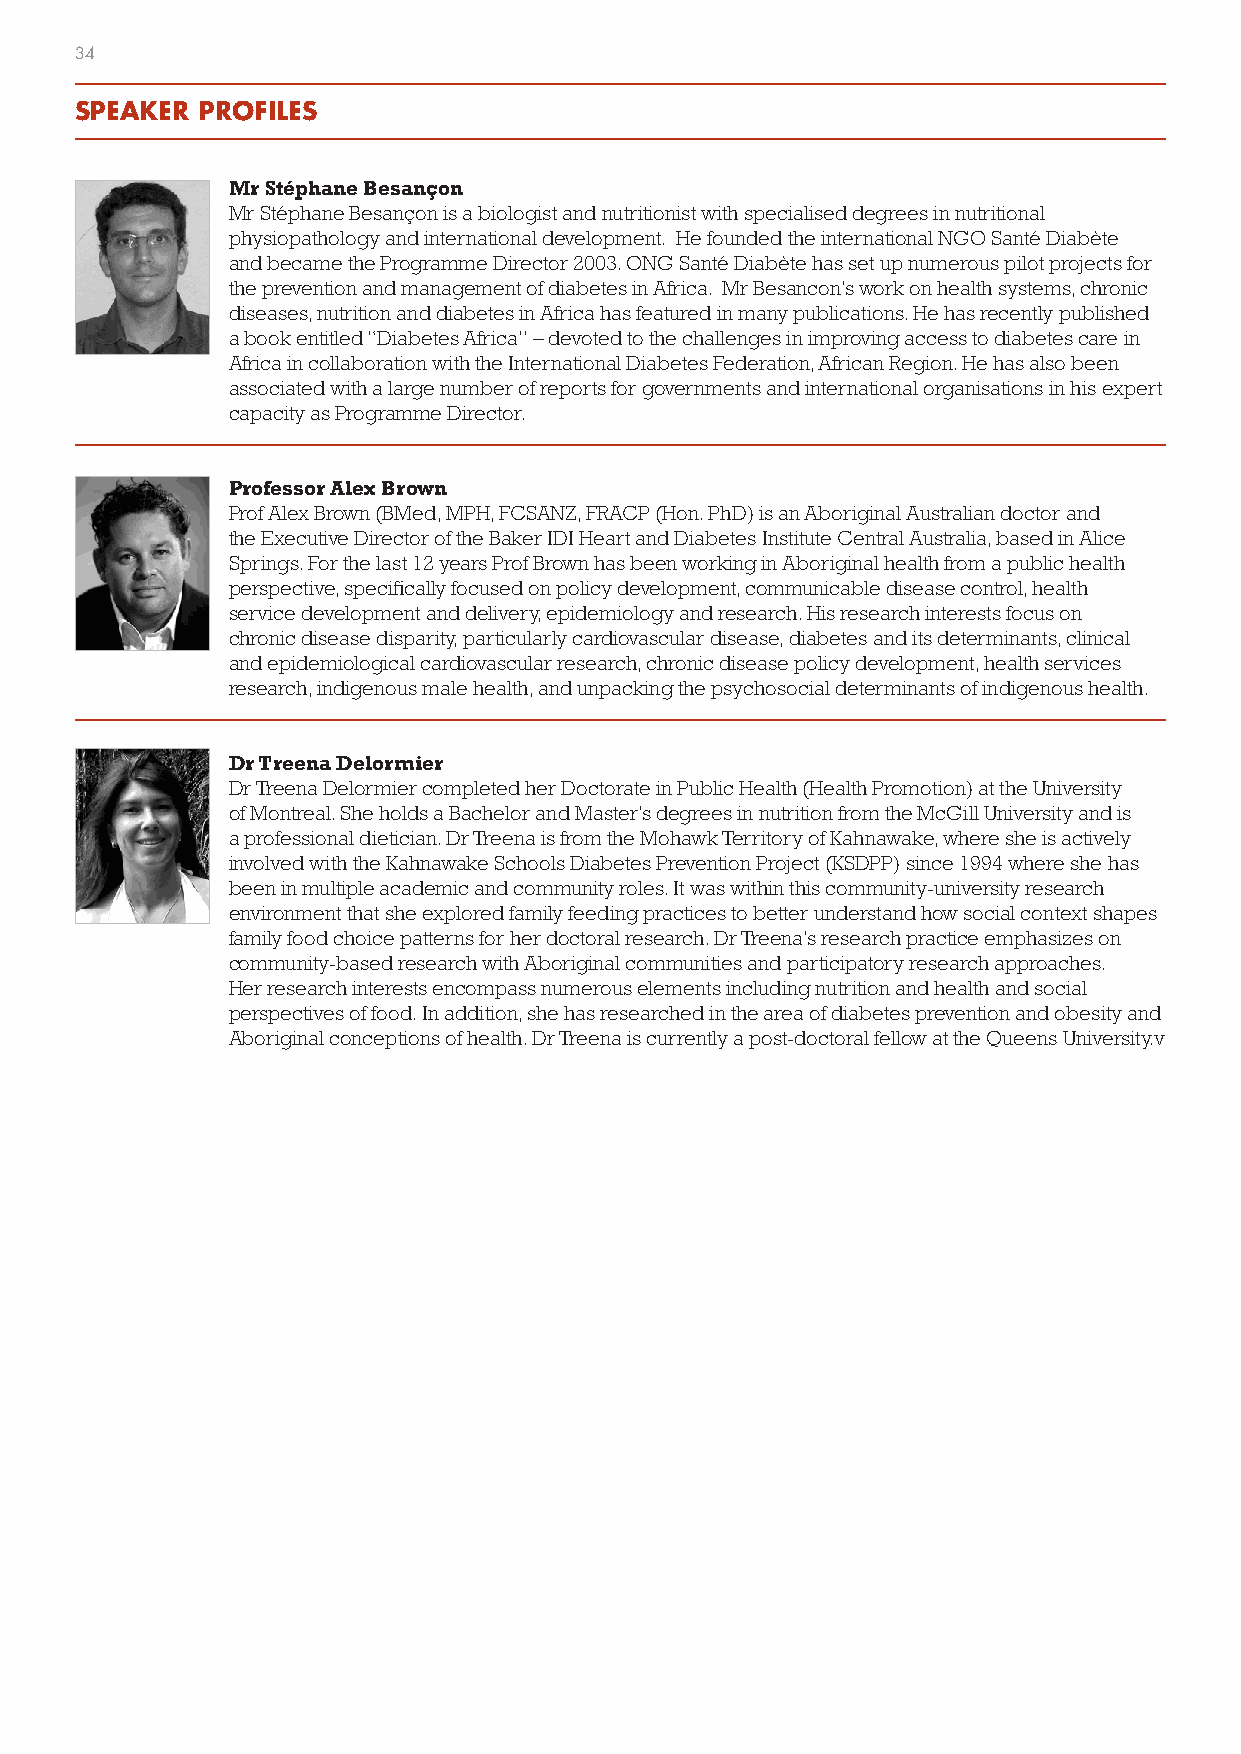
34
 SPEAKER PROFILES
 Mr Stéphane Besançon
 Mr Stéphane Besançon is a biologist and nutritionist with specialised degrees in nutritional
 physiopathology and international development. He founded the international NGO Santé Diabète
 and became the Programme Director 2003. ONG Santé Diabète has set up numerous pilot projects for
 the prevention and management of diabetes in Africa. Mr Besancon’s work on health systems, chronic
 diseases, nutrition and diabetes in Africa has featured in many publications. He has recently published
 a book entitled “Diabetes Africa” – devoted to the challenges in improving access to diabetes care in
 Africa in collaboration with the International Diabetes Federation, African Region. He has also been
 associated with a large number of reports for governments and international organisations in his expert
 capacity as Programme Director.
 Professor Alex Brown
 Prof Alex Brown (BMed, MPH, FCSANZ, FRACP (Hon. PhD) is an Aboriginal Australian doctor and
 the Executive Director of the Baker IDI Heart and Diabetes Institute Central Australia, based in Alice
 Springs. For the last 12 years Prof Brown has been working in Aboriginal health from a public health
 perspective, specifically focused on policy development, communicable disease control, health
 service development and delivery, epidemiology and research. His research interests focus on
 chronic disease disparity, particularly cardiovascular disease, diabetes and its determinants, clinical
 and epidemiological cardiovascular research, chronic disease policy development, health services
 research, indigenous male health, and unpacking the psychosocial determinants of indigenous health.
 Dr Treena Delormier
 Dr Treena Delormier completed her Doctorate in Public Health (Health Promotion) at the University
 of Montreal. She holds a Bachelor and Master’s degrees in nutrition from the McGill University and is
 a professional dietician. Dr Treena is from the Mohawk Territory of Kahnawake, where she is actively
 involved with the Kahnawake Schools Diabetes Prevention Project (KSDPP) since 1994 where she has
 been in multiple academic and community roles. It was within this community-university research
 environment that she explored family feeding practices to better understand how social context shapes
 family food choice patterns for her doctoral research. Dr Treena’s research practice emphasizes on
 community-based research with Aboriginal communities and participatory research approaches.
 Her research interests encompass numerous elements including nutrition and health and social
 perspectives of food. In addition, she has researched in the area of diabetes prevention and obesity and
 Aboriginal conceptions of health. Dr Treena is currently a post-doctoral fellow at the Queens University.v